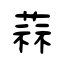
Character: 蒜